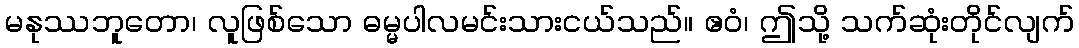
မနုဿဘူတော၊ လူဖြစ်သော ဓမ္မပါလမင်းသားငယ်သည်။ ဧဝံ၊ ဤသို့ သက်ဆုံးတိုင်လျက်